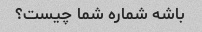
باشه شماره شما چیست؟